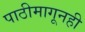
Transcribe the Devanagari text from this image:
पाठीमागूनही